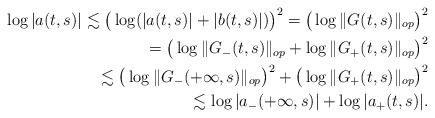
\begin{align*} \log |a(t, s)| \lesssim \big( \log (|a(t,s)| + |b(t,s)| ) \big)^2 = \big( \log \|G (t,s) \|_{op} \big)^2 \\ = \big( \log \|G_{-} (t,s) \|_{op} + \log \|G_{+} (t,s) \|_{op} \big)^2 \\ \lesssim \big( \log \|G_- (+\infty, s) \|_{op} \big)^2 + \big( \log \|G_+(t,s) \|_{op} \big)^2 \\ \lesssim \log |a_{-} (+\infty, s)| + \log |a_{+} (t, s)|.\end{align*}